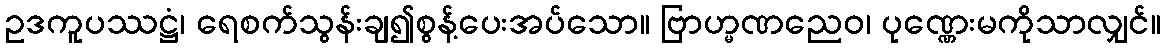
ဥဒကူပဿဋ္ဌံ၊ ရေစက်သွန်းချ၍စွန့်ပေးအပ်သော။ ဗြာဟ္မဏညေဝ၊ ပုဏ္ဏေးမကိုသာလျှင်။